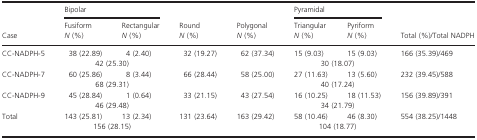
<table><thead><tr><td></td><td colspan="2"><b>Bipolar</b></td><td></td><td></td><td colspan="2"><b>Pyramidal</b></td><td></td></tr><tr><td><b>Case</b></td><td><b>Fusiform <i>N</i> (%)</b></td><td><b>Rectangular <i>N</i> (%)</b></td><td><b>Round <i>N</i> (%)</b></td><td><b>Polygonal <i>N</i> (%)</b></td><td><b>Triangular <i>N</i> (%)</b></td><td><b>Pyriform <i>N</i> (%)</b></td><td><b>Total (%)/Total NADPH</b></td></tr></thead><tbody><tr><td rowspan="2">CC-NADPH-5</td><td>38 (22.89)</td><td>4 (2.40)</td><td rowspan="2">32 (19.27)</td><td rowspan="2">62 (37.34)</td><td>15 (9.03)</td><td>15 (9.03)</td><td rowspan="2">166 (35.39)/469</td></tr><tr><td colspan="2">42 (25.30)</td><td colspan="2">30 (18.07)</td></tr><tr><td rowspan="2">CC-NADPH-7</td><td>60 (25.86)</td><td>8 (3.44)</td><td rowspan="2">66 (28.44)</td><td rowspan="2">58 (25.00)</td><td>27 (11.63)</td><td>13 (5.60)</td><td rowspan="2">232 (39.45)/588</td></tr><tr><td colspan="2">68 (29.31)</td><td colspan="2">40 (17.24)</td></tr><tr><td rowspan="2">CC-NADPH-9</td><td>45 (28.84)</td><td>1 (0.64)</td><td rowspan="2">33 (21.15)</td><td rowspan="2">43 (27.54)</td><td>16 (10.25)</td><td>18 (11.53)</td><td rowspan="2">156 (39.89)/391</td></tr><tr><td colspan="2">46 (29.48)</td><td colspan="2">34 (21.79)</td></tr><tr><td rowspan="2">Total</td><td>143 (25.81)</td><td>13 (2.34)</td><td rowspan="2">131 (23.64)</td><td rowspan="2">163 (29.42)</td><td>58 (10.46)</td><td>46 (8.30)</td><td>554 (38.25)/1448</td></tr><tr><td colspan="2">156 (28.15)</td><td colspan="2">104 (18.77)</td><td></td></tr></tbody></table>